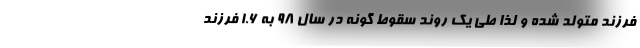
فرزند متولد شده و لذا طی یک روند سقوط گونه در سال ۹۸ به ۱.۶ فرزند